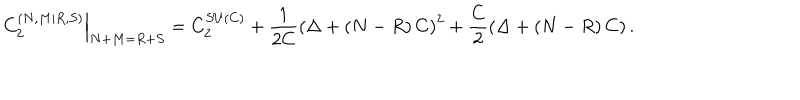
\left. C _ { 2 } ^ { \left( N , M | R , S \right) } \right\vert _ { N + M = R + S } = C _ { 2 } ^ { S U \left( C \right) } + \frac { 1 } { 2 C } \left( \Delta + \left( N - R \right) C \right) ^ { 2 } + \frac { C } { 2 } \left( \Delta + \left( N - R \right) C \right) .